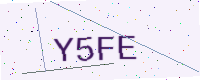
Text: Y5FE